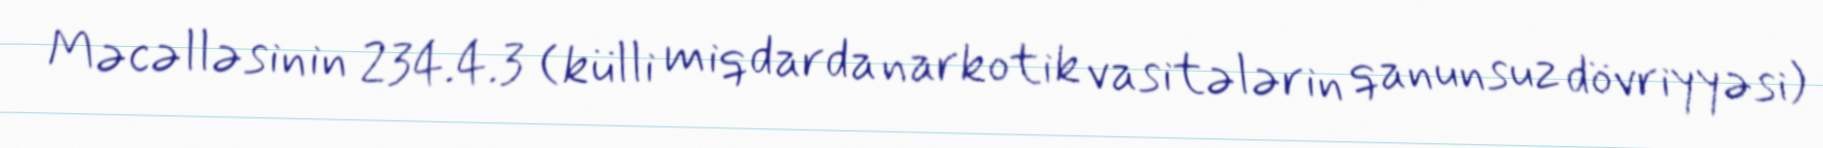
Məcəlləsinin 234.4.3 (külli miqdarda narkotik vasitələrin qanunsuz dövriyyəsi)